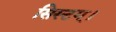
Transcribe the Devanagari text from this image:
सिस्टम्।